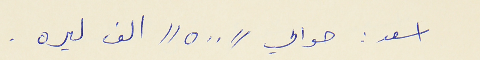
اسعد : حوالي // ٥٠٠ // الف ليره .